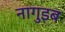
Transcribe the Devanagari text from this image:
नागुइब